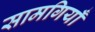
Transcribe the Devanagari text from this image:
सामगियाँ